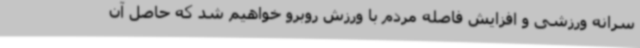
سرانه ورزشی و افزایش فاصله مردم با ورزش روبرو خواهیم شد که حاصل آن